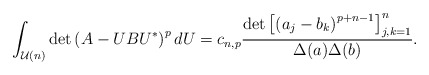
\begin{align*} \int_{\mathcal U(n)} \det \left(A-UBU^*\right)^{p} dU= c_{n,p} \frac{\det \left[\left( a_j - b_k\right)^{p+n-1} \right]_{j,k=1}^n}{\Delta(a) \Delta(b)}.\end{align*}